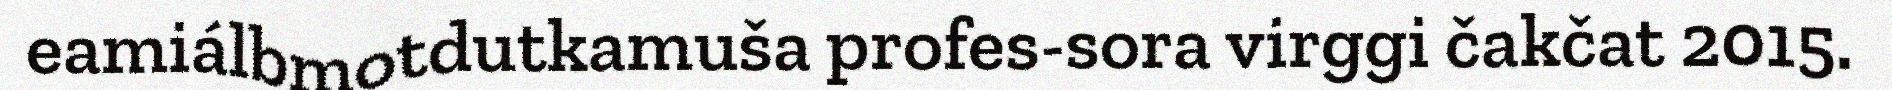
eamiálbmotdutkamuša profes-sora virggi čakčat 2015.